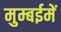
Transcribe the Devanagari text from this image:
मुम्बईमें